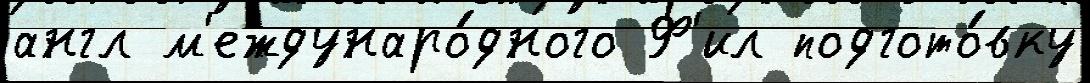
англ м'еждунаро́дного Ф'ил подгото́вку